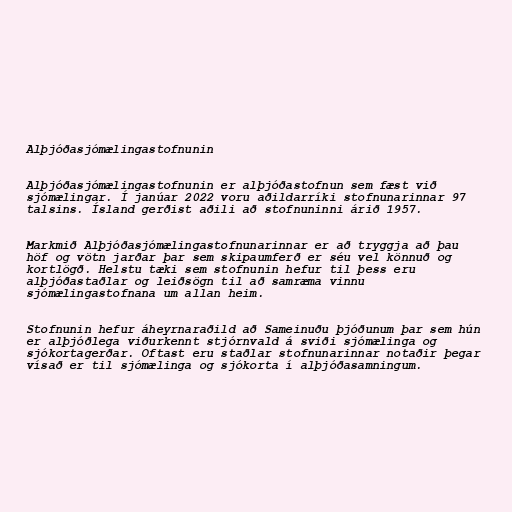
Alþjóðasjómælingastofnunin

Alþjóðasjómælingastofnunin er alþjóðastofnun sem fæst við
sjómælingar. Í janúar 2022 voru aðildarríki stofnunarinnar 97
talsins. Ísland gerðist aðili að stofnuninni árið 1957.

Markmið Alþjóðasjómælingastofnunarinnar er að tryggja að þau
höf og vötn jarðar þar sem skipaumferð er séu vel könnuð og
kortlögð. Helstu tæki sem stofnunin hefur til þess eru
alþjóðastaðlar og leiðsögn til að samræma vinnu
sjómælingastofnana um allan heim.

Stofnunin hefur áheyrnaraðild að Sameinuðu þjóðunum þar sem hún
er alþjóðlega viðurkennt stjórnvald á sviði sjómælinga og
sjókortagerðar. Oftast eru staðlar stofnunarinnar notaðir þegar
vísað er til sjómælinga og sjókorta í alþjóðasamningum.